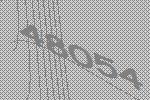
48054